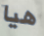
هيا